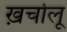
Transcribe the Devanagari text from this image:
ख़र्चालू